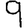
Digit: 9